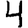
Digit: 4